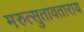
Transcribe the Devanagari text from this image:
मरुत्सुतावताराय